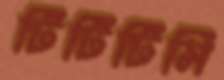
টিটিটিসি